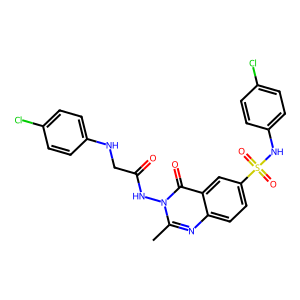
SMILES: Cc1nc2ccc(S(=O)(=O)Nc3ccc(Cl)cc3)cc2c(=O)n1NC(=O)CNc1ccc(Cl)cc1
Inhibits HIV replication: No